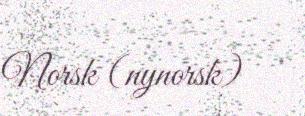
Norsk (nynorsk)